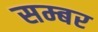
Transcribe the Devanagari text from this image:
सम्बर